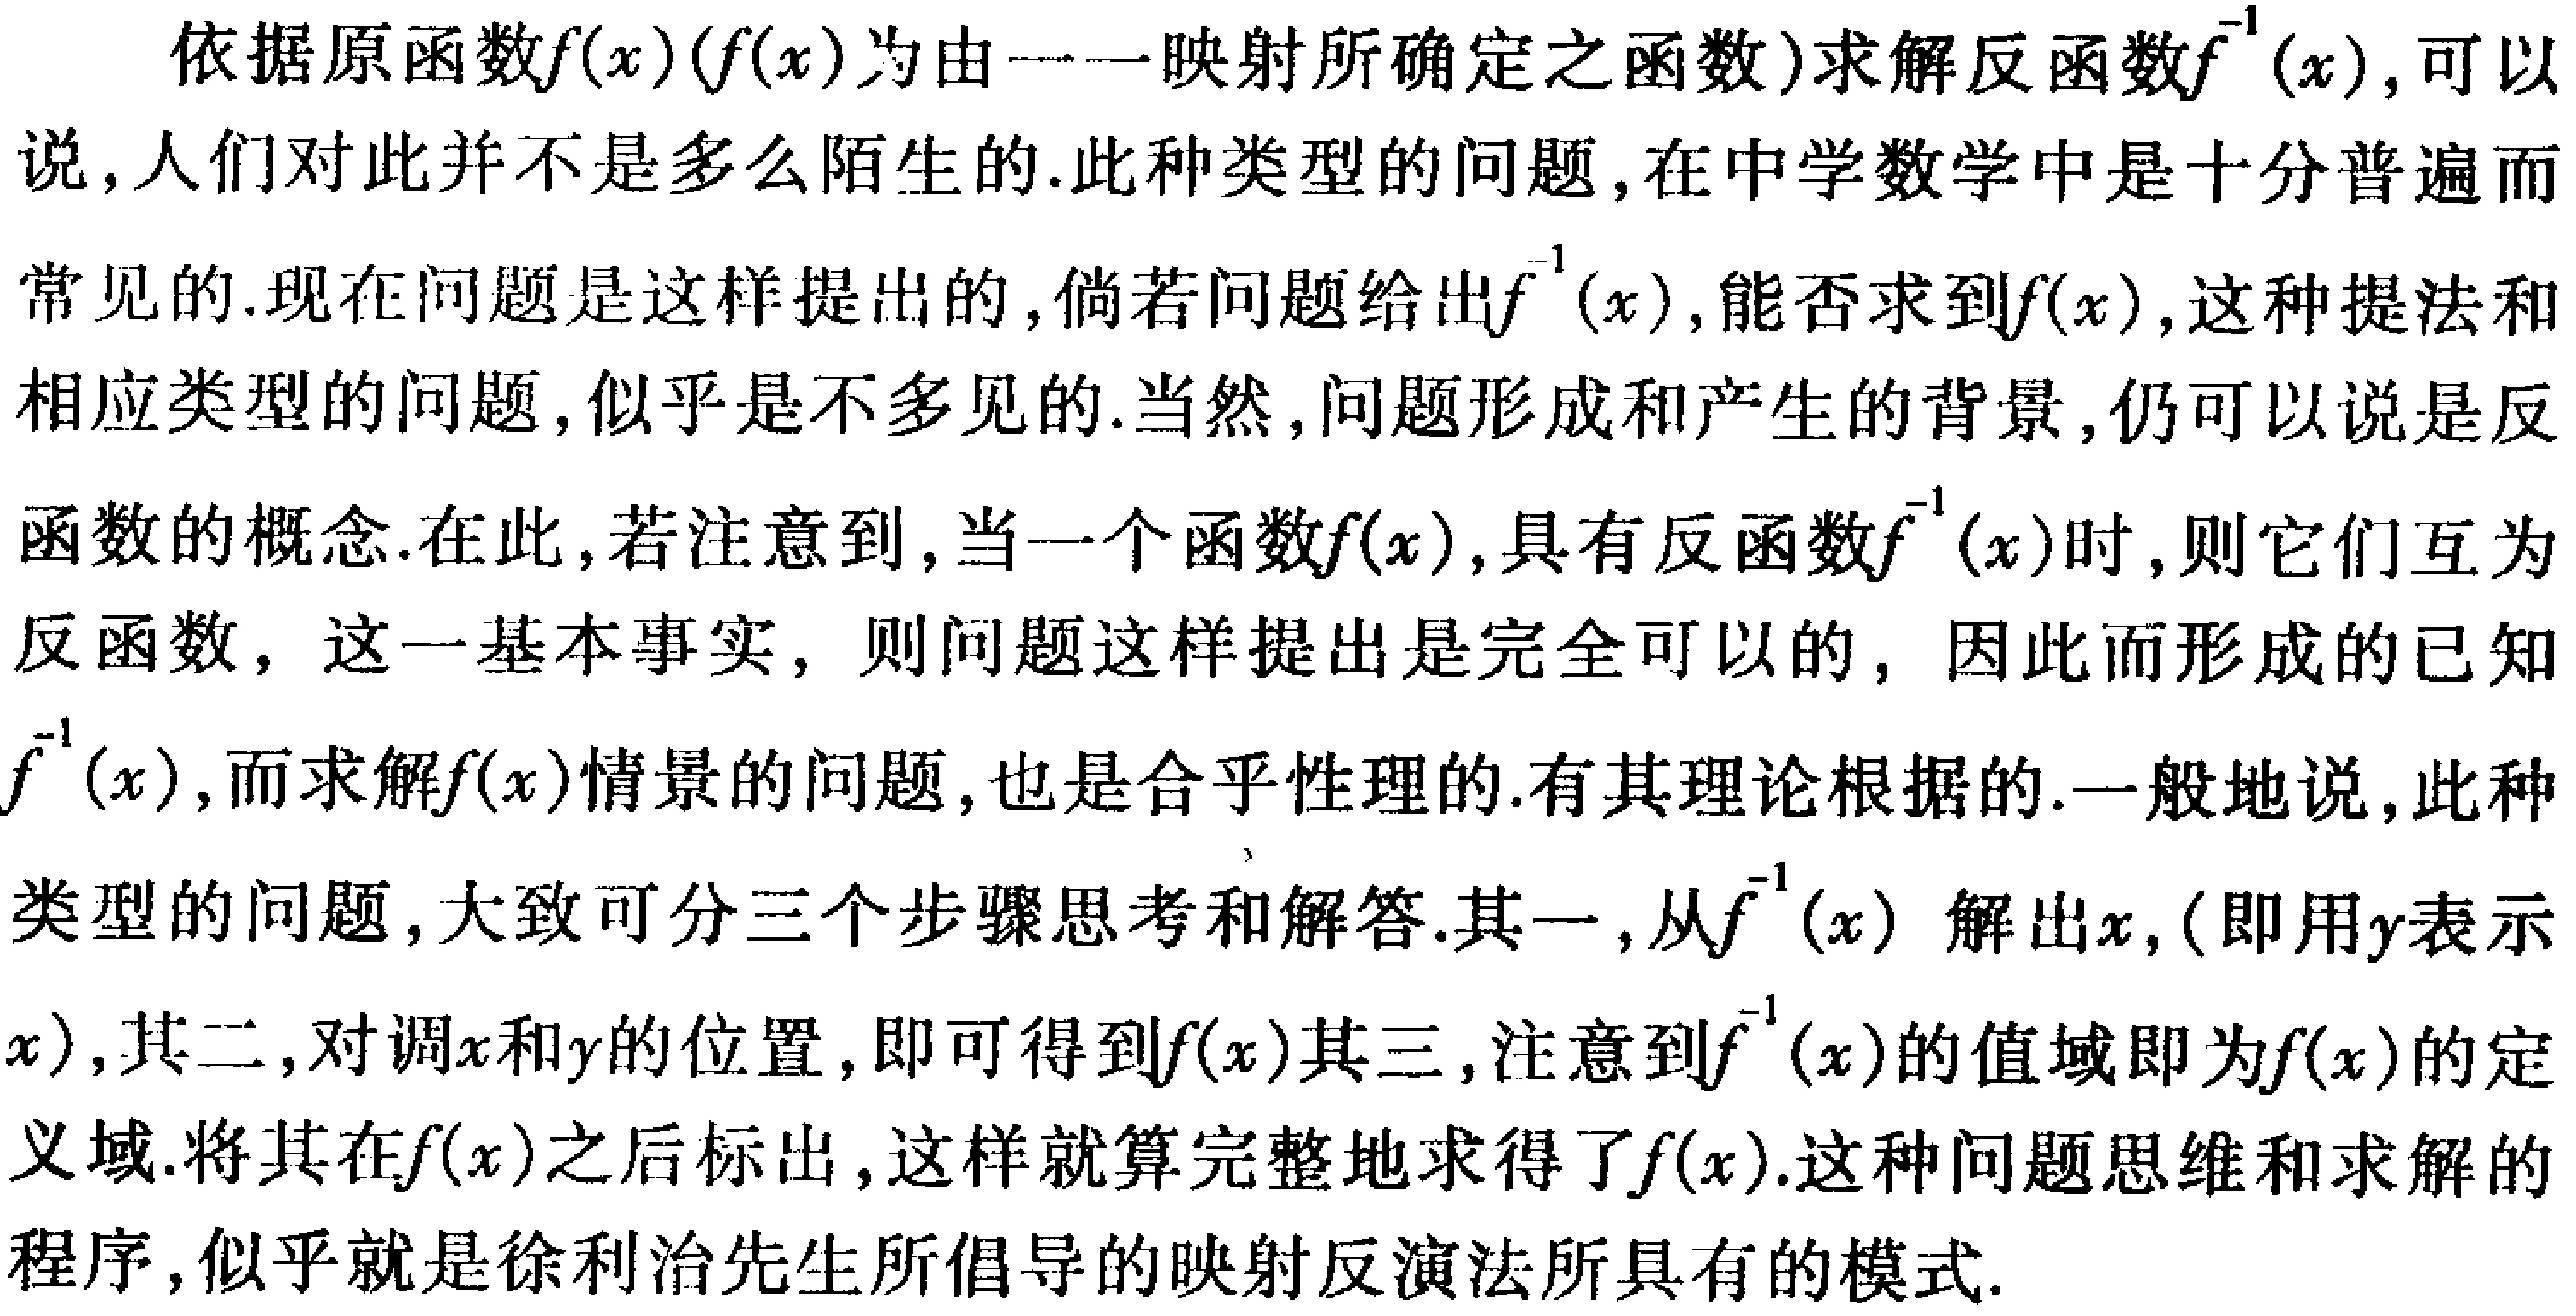
依据原函数\(f(x)\)（\(f(x)\)为由一一映射所确定之函数）求解反函数\(f^{-1}(x)\)，可以说，人们对此并不是多么陌生的.此种类型的问题，在中学数学中是十分普遍而常见的.现在问题是这样提出的，倘若问题给出\(f^{-1}(x)\)，能否求到\(f(x)\)，这种提法和相应类型的问题，似乎是不多见的.当然，问题形成和产生的背景，仍可以说是反函数的概念.在此，若注意到，当一个函数\(f(x)\)，具有反函数\(f^{-1}(x)\)时，则它们互为反函数，这一基本事实，则问题这样提出是完全可以的，因此而形成的已知\(f^{-1}(x)\)，而求解\(f(x)\)情景的问题，也是合乎性理的.有其理论根据的.一般地说，此种类型的问题，大致可分三个步骤思考和解答.其一，从\(f^{-1}(x)\) 解出\(x\)，（即用\(y\)表示\(x\)），其二，对调\(x\)和\(y\)的位置，即可得到\(f(x)\)其三，注意到\(f^{-1}(x)\)的值域即为\(f(x)\)的定义域.将其在\(f(x)\)之后标出，这样就算完整地求得了\(f(x)\).这种问题思维和求解的程序，似乎就是徐利治先生所倡导的映射反演法所具有的模式.